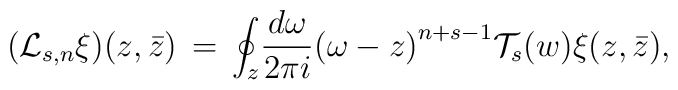
(\mathcal{L} _{s,n}\xi)(z,\bar{z})\,=\,{\oint_z}{\frac{d\omega}{2\pi i} {(\omega-z)}^{n+s-1} \mathcal{T}_s (w) \xi (z,\bar{z})},